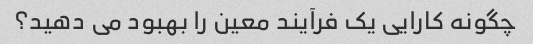
چگونه کارایی یک فرآیند معین را بهبود می دهید؟